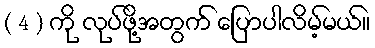
( 4 ) ကို လုပ်ဖို့အတွက် ပြောပါလိမ့်မယ်။